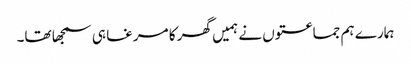
ہمارے ہم جماعتوں نے ہمیں گھر کا مرغا ہی سمجھا تھا۔